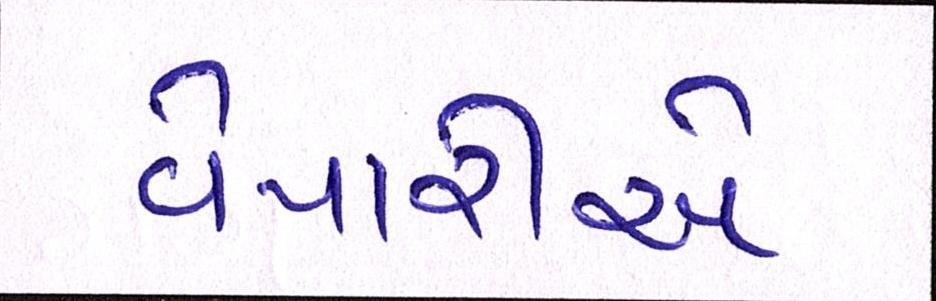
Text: વેપારીએ